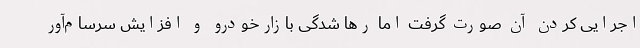
اجرایی کردن آن صورت گرفت اما رها شدگی بازارخودرو و افزایش سرسام‌آور